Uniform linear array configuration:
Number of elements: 32
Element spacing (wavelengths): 0.25
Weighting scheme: hamming
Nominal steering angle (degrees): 15
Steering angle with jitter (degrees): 15.553
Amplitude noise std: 0.05
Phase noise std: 0.05

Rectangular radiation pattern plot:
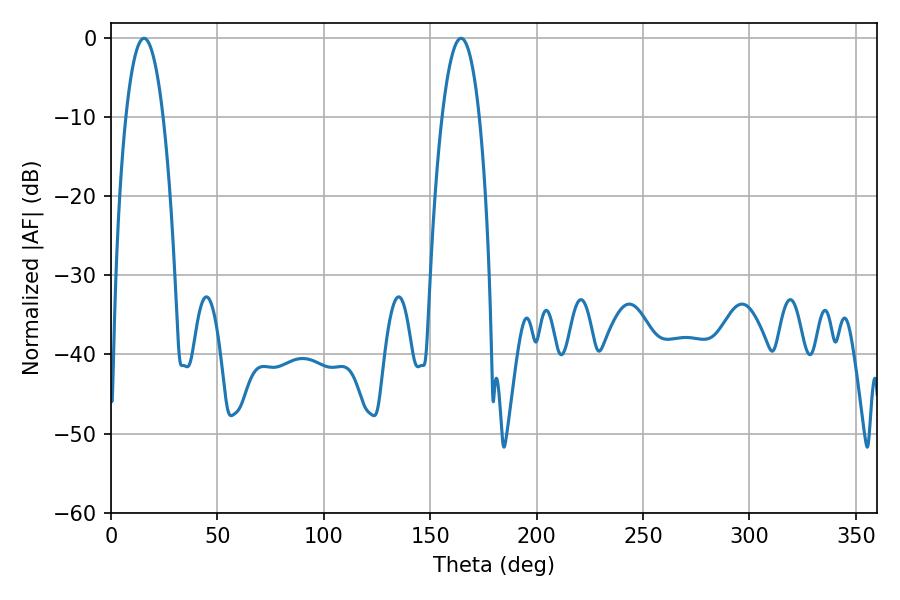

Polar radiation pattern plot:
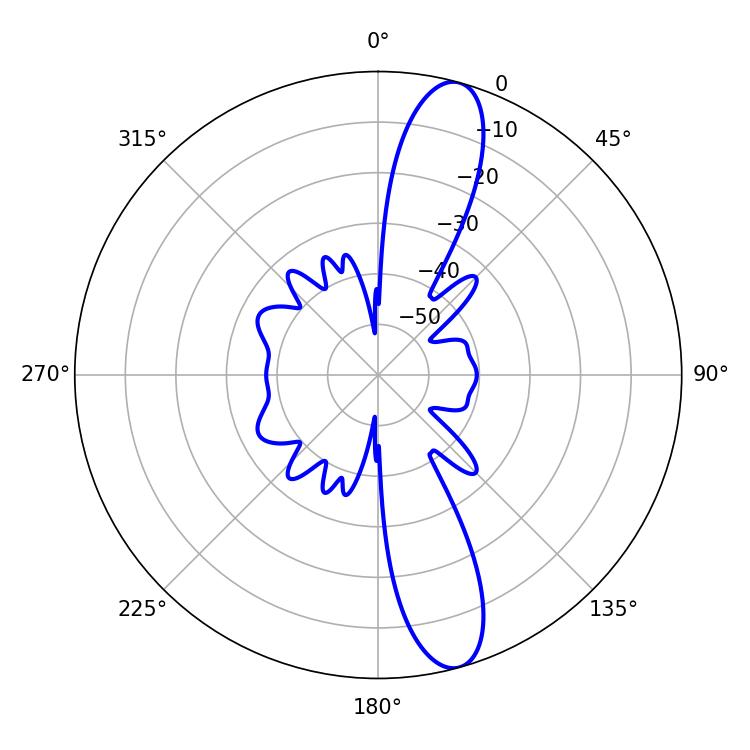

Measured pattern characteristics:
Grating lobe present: FALSE
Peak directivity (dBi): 13.135
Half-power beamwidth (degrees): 9.72
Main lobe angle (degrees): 15.48